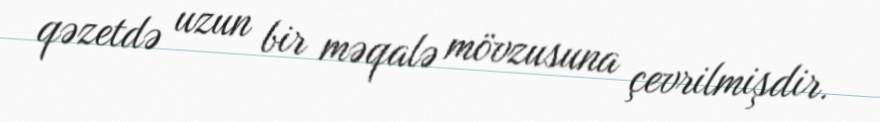
qəzetdə uzun bir məqalə mövzusuna çevrilmişdir.